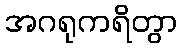
အဂရုကရိတွာ